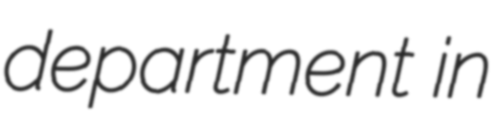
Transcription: department in